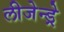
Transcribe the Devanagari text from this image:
लीजेन्ड्रे